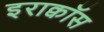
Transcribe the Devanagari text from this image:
इराक्वॉस